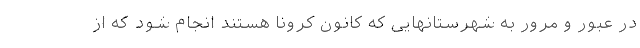
در عبور و مرور به شهرستانهایی که کانون کرونا هستند انجام شود که از